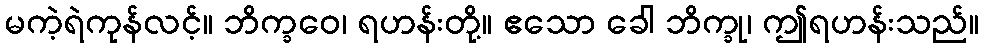
မကဲ့ရဲကုန်လင့်။ ဘိက္ခဝေ၊ ရဟန်းတို့။ ဧသော ခေါ ဘိက္ခု၊ ဤရဟန်းသည်။